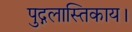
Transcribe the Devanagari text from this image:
पुद्गलास्तिकाय।